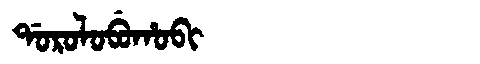
Manchu: ᡩᠣᡵᠣᠯᠣᠪᡠᡥᠣᠪᡳ
Romanization: DOROLOBUHOBI